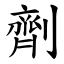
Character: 劑